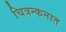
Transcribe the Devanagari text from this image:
चित्रन्कनात